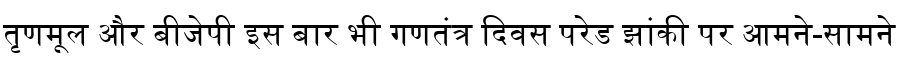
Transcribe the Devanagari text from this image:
तृणमूल और बीजेपी इस बार भी गणतंत्र दिवस परेड झांकी पर आमने-सामने